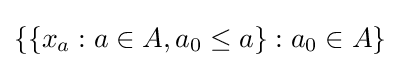
\left\{\left\{x_{a}:a\in A,a_{0}\leq a\right\}:a_{0}\in A\right\}